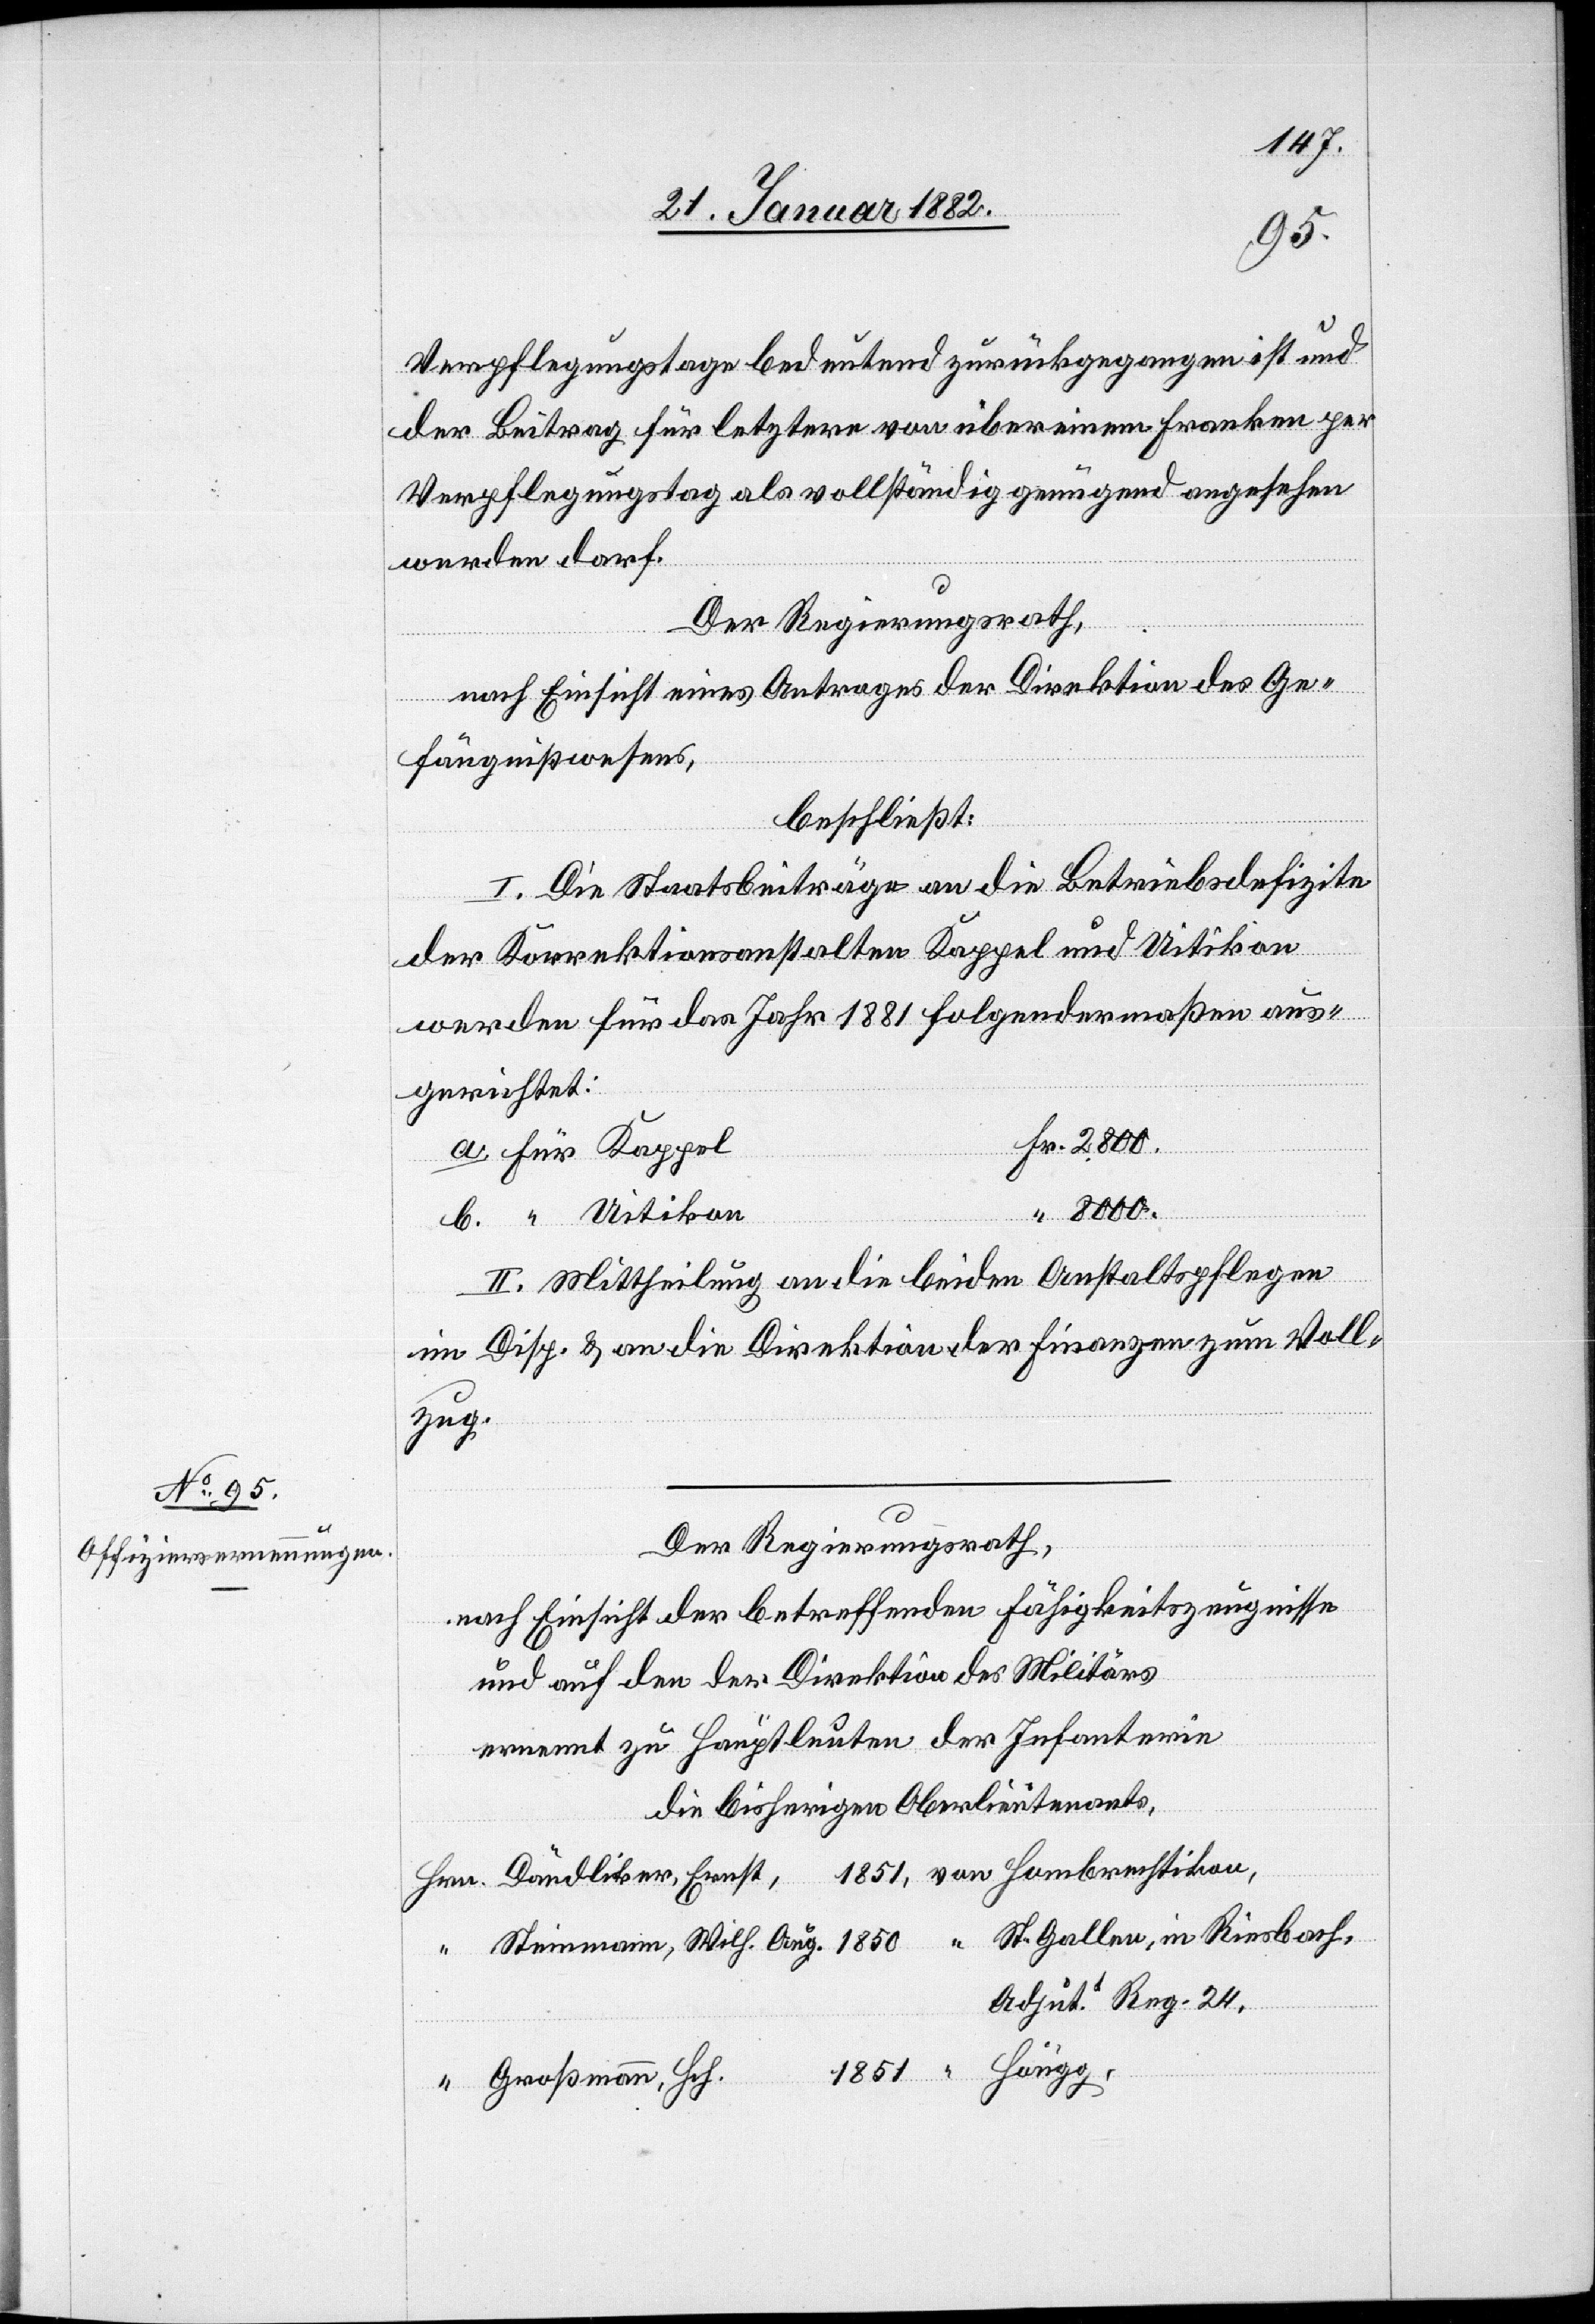
Verpflegungstage bedeutend zurückgegangen ist und
der Beitrag für letztern von über einem Franken per
Verpflegungstag als vollständig genügend angesehen
werden darf.
Der Regierungsrath,
nach Einsicht eines Antrages der Direktion des Ge¬
fängnißwesens,
beschließt:
I. Die Staatsbeiträge an die Betriebsdefizite
der Korrektionsanstalten Kappel und Uitikon
werden für das Jahr 1881 folgendermaßen aus¬
gerichtet:
l	Fr. 2800.
a) Für Kappe¬
“ 8000.
“
“
II. Mittheilung an die beiden Anstaltspflegen
in Disp. & an die Direktion der Finanzen zum Voll¬
zug.
Der Regierungsrath,
nach Einsicht der betreffenden Fähigkeitszeugnisse
und auf den der Direktion des Militärs
ernennt zu Hauptleuten der Infanterie
die bisherigen Oberleutenants,
1851, von Hombrechtikon,
Hrn. Dändliker, Ernst
Adjut.t Reg. 24
1851, “ Höngg
“ Großmann, Sch.